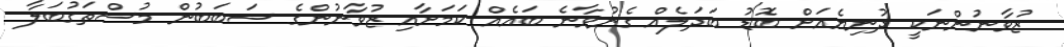
ޒުވާނުންނަކީ ދުނިޔެއަށް ބޮޑު ބަދަލެއް ގެނުވާނެ ބައެއް ކަމަށާއި ޒުވާނުންގެ ސަބަބުން މުސްތަގުބަލާ